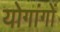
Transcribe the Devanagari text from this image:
योगांगों